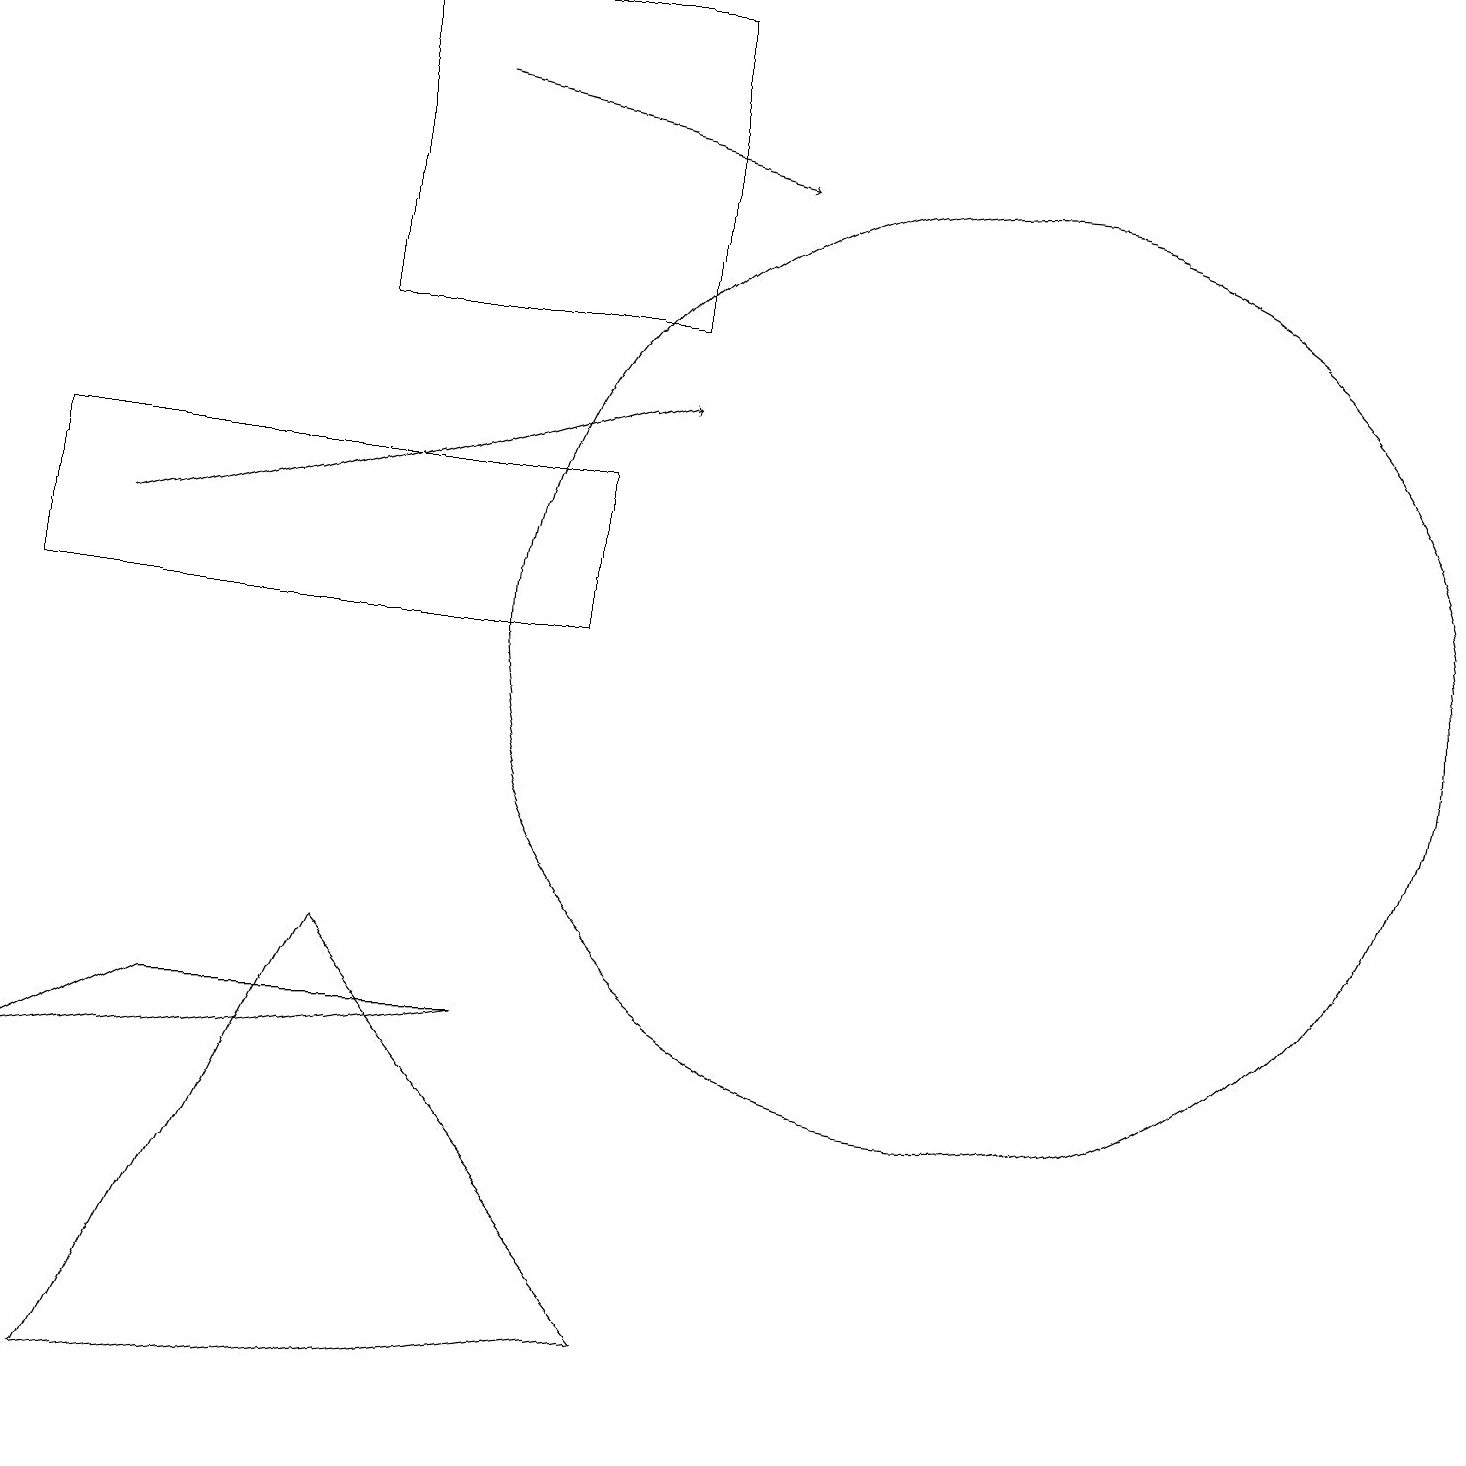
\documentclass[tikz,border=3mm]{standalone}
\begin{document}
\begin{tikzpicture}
\draw (1,1) -- (8,2) -- (4,7) -- cycle;
\draw[->] (1,12) -- (8,14);
\draw (0,11) rectangle (7,13);
\draw (12,11) circle (6);
\draw (6,6) -- (2,6) -- (0,5) -- cycle;
\draw[->] (5,18) -- (9,17);
\draw (8,15) rectangle (4,19);
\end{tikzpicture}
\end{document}